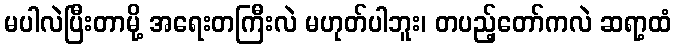
မပါလဲပြီးတာမို့ အရေးတကြီးလဲ မဟုတ်ပါဘူး၊ တပည့်တော်ကလဲ ဆရာ့ထံ